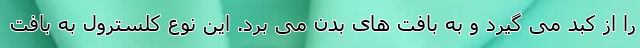
را از کبد می گیرد و به بافت های بدن می برد. این نوع کلسترول به بافت